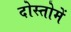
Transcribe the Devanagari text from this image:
दोस्तोमें